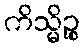
ကိသ္မိဉ္စ